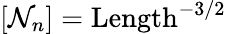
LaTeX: [\mathcal{N}_{n}]=\mathrm{Length}^{-3/2}